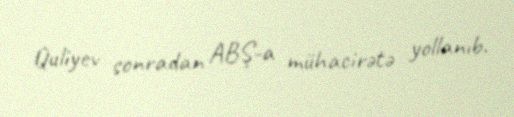
Quliyev sonradan ABŞ-a mühacirətə yollanıb.